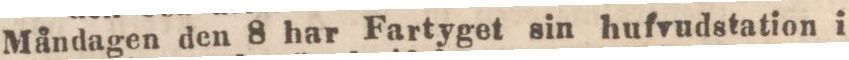
Måndagen den 8 har Fartyget sin hufvudstation i